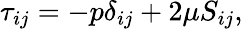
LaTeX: \tau_{ij}=-p\delta_{ij}+2\mu S_{ij},